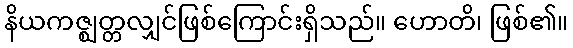
နိယကဇ္ဈတ္တလျှင်ဖြစ်ကြောင်းရှိသည်။ ဟောတိ၊ ဖြစ်၏။